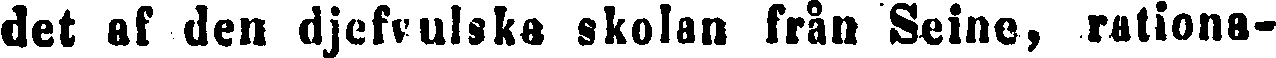
det af den djefvulska skolan från Seine, rationa-